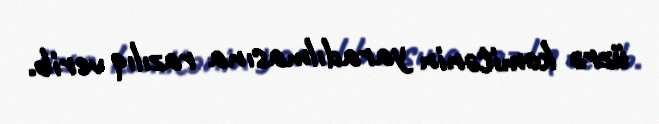
üzrə komitənin yaradılmasına razılıq verib.